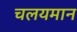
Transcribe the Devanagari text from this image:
चलयमान